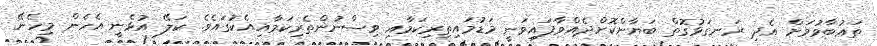
ތަޢުބާވުމަށް އެދި ރަނގަޅުގޮތް ބަޔާންކޮށްދެއްވާފައިވަނީ މަޑުމައިތިރިކަމާއި ވިސްނުންތެރިކަމާއިއެކުގައެވެ. ކަލޭ އުޅެނީ އެހެން މިހެނޭ